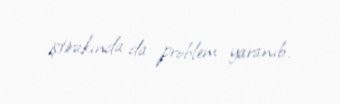
iştirakında da problem yaranıb.